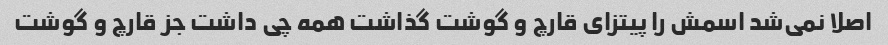
اصلا نمی‌شد اسمش را پیتزای قارچ و گوشت گذاشت همه چی داشت جز قارچ و گوشت